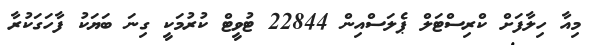
މިއާ ހިލާފަށް ކްރިސްޓަލް ޕެލަސްއިން 22844 ޓުވީޓް ކުރުމަކީ ގިނަ ބަޔަކު ފާހަގަކުރާ